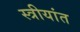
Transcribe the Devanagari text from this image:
स्त्रीयांत